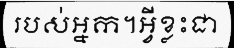
របស់អ្នក។អ្វីខ្លះជា